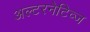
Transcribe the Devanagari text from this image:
अल्टरनेटिव्ज